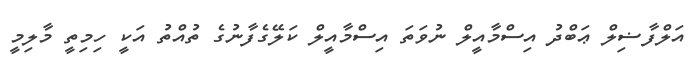
އަލްފާޟިލް ޢަބްދު އިސްމާއީލް ނުވަތަ އިސްމާއީލް ކަލޭގެފާނުގެ ތުއްތު އަކީ ހިމިތީ މާލިމީ